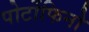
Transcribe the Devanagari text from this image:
पोर्टोफिनो